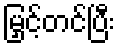
မြှင့်တင်ပြီး